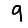
Digit: 9